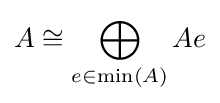
A\cong \bigoplus _{e\in \operatorname {min} (A)}Ae